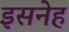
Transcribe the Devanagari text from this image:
इसनेह